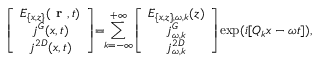
\left[ \begin{array} { c } { E _ { \{ x , z \} } ( \textbf { r } , t ) } \\ { j ^ { G } ( x , t ) } \\ { j ^ { 2 D } ( x , t ) } \end{array} \right] \! \! = \! \! \sum _ { k = - \infty } ^ { + \infty } \! \left[ \begin{array} { c } { E _ { \{ x , z \} , \omega , k } ( z ) } \\ { j _ { \omega , k } ^ { G } } \\ { j _ { \omega , k } ^ { 2 D } } \end{array} \right] \! \exp ( i [ Q _ { k } x - \omega t ] ) ,